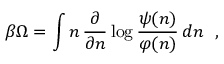
\beta \Omega = \int n \, \frac { \partial } { \partial n } \log \frac { \psi ( n ) } { \varphi ( n ) } \, d n \ \ ,